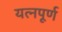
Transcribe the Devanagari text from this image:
यत्नपूर्ण